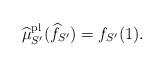
LaTeX: \begin{align*}\widehat{\mu}^{\rm pl}_{S'}(\widehat{f}_{S'})=f_{S'}(1).\end{align*}